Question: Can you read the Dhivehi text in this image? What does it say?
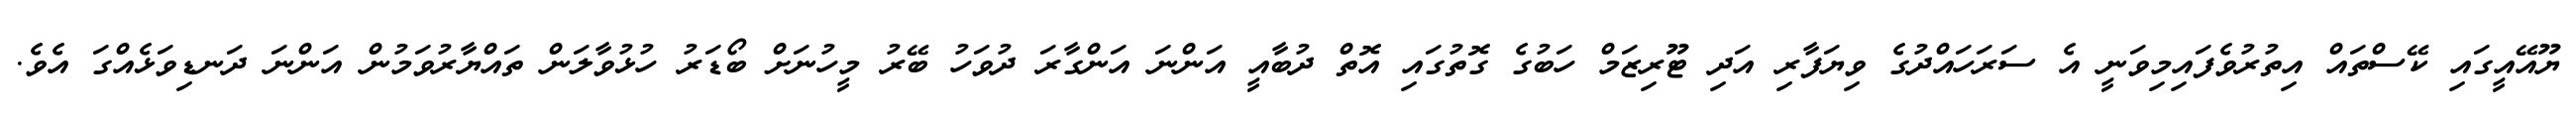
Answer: ޔޫއޭއީގައި ކޭސްތައް އިތުރުވެފައިމިވަނީ އެ ސަރަހައްދުގެ ވިޔަފާރި އަދި ޓޫރިޒަމް ހަބުގެ ގޮތުގައި އޮތް ދުބާއީ އަންނަ އަންގާރަ ދުވަހު ބޭރު މީހުނަށް ބޯޑަރު ހުޅުވާލަން ތައްޔާރުވަމުން އަންނަ ދަނޑިވަޅެއްގަ އެވެ.